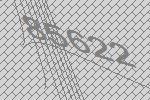
85622